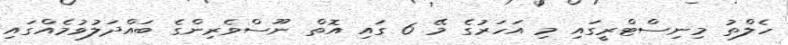
ހެލްތު މިނިސްޓްރީގައި މި އަހަރުގެ މޭ 6 ގައި އޮތް ނޫސްވެރިންގެ ބައްދަލުވުމެއްގައި